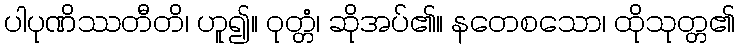
ပါပုဏိဿတီတိ၊ ဟူ၍။ ဝုတ္တံ၊ ဆိုအပ်၏။ နတေစသော၊ ထိုသုတ္တ၏